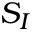
S _ { I }